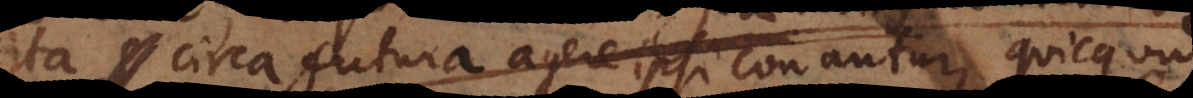
ita circa futura agere ipsi conantur, quicquid